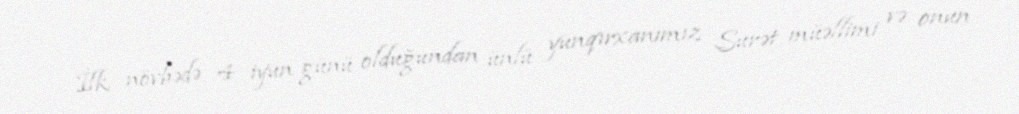
İlk növbədə 4 iyun günü olduğundan ünlü yunqırxanımız Surət müəllimi və onun